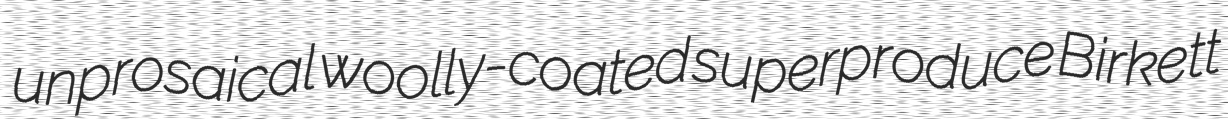
unprosaical woolly-coated superproduce Birkett